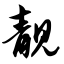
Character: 靓